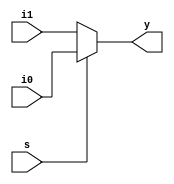
// Verilog Code Multiplexer 2 to 1 using Behavioral Modelling

module mux2t01(
input i1,i0,s,//inputs i1 and i2 Signal s
output reg y
    );
    always @(*)
    begin
    if(s)
    y=i0;
    else
    y=i1;    
    end
endmodule